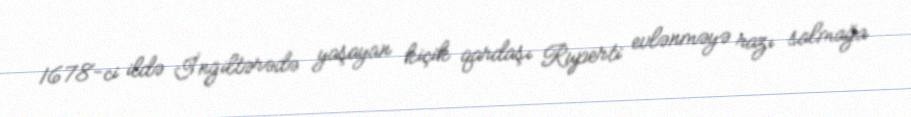
1678-ci ildə İngiltərədə yaşayan kiçik qardaşı Ruperti evlənməyə razı salmağa